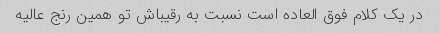
در یک کلام فوق العاده است نسبت به رقیباش تو همین رنج عالیه